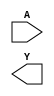
// This program was cloned from: https://github.com/lnis-uofu/SOFA
// License: MIT License

//Generated from netlist by SpyDrNet
//netlist name: FPGA88_SOFA_A
module sky130_fd_sc_hd__inv_1
(
    A,
    Y
);

    input A;
    output Y;

    wire A;
    wire Y;

endmodule